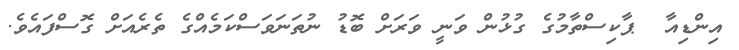
އިންޑިއާ  ޕާކިސްތާމުގެ ގުޅުން ވަނީ ވަރަށް ބޮޑު ނުތަނަވަސްކަމެއްގެ ތެރެއަށް ގޮސްފައެވެ.